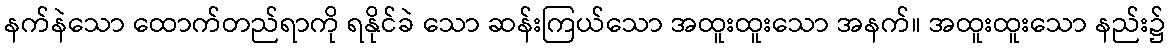
နက်နဲသော ထောက်တည်ရာကို ရနိုင်ခဲ သော ဆန်းကြယ်သော အထူးထူးသော အနက်။ အထူးထူးသော နည်း၌